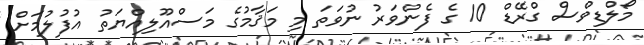
މޯލްޑިވްސް ގްރޭޑް 10 ގެ ފެންވަރު ނުވަތަ މި މަޤާމުގެ މަސްއޫލިއްޔަތު އުފުލުމަށް